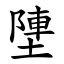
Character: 塦